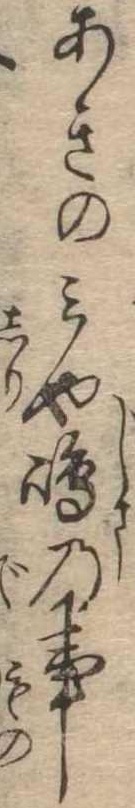
あきのみや島の事